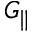
G _ { \parallel }